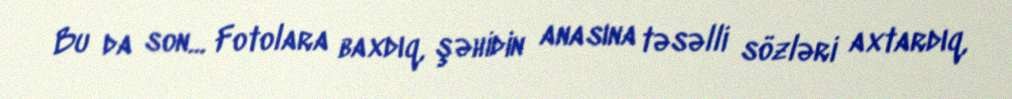
Bu da son... Fotolara baxdıq, şəhidin anasına təsəlli sözləri axtardıq,